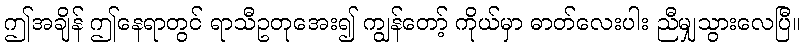
ဤအချိန် ဤနေရာတွင် ရာသီဥတုအေး၍ ကျွန်တော့် ကိုယ်မှာ ဓာတ်လေးပါး ညီမျှသွားလေပြီ။